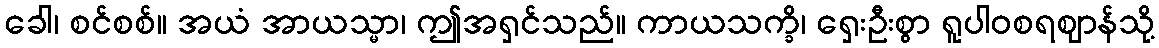
ခေါ၊ စင်စစ်။ အယံ အာယသ္မာ၊ ဤအရှင်သည်။ ကာယသက္ခိ၊ ရှေးဦးစွာ ရူပါဝစရဈာန်သို့